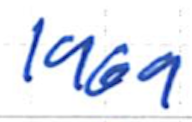
Text: 1969
Cross-out: clean
Writing tool: ballpoint